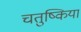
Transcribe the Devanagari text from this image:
चतुष्किया